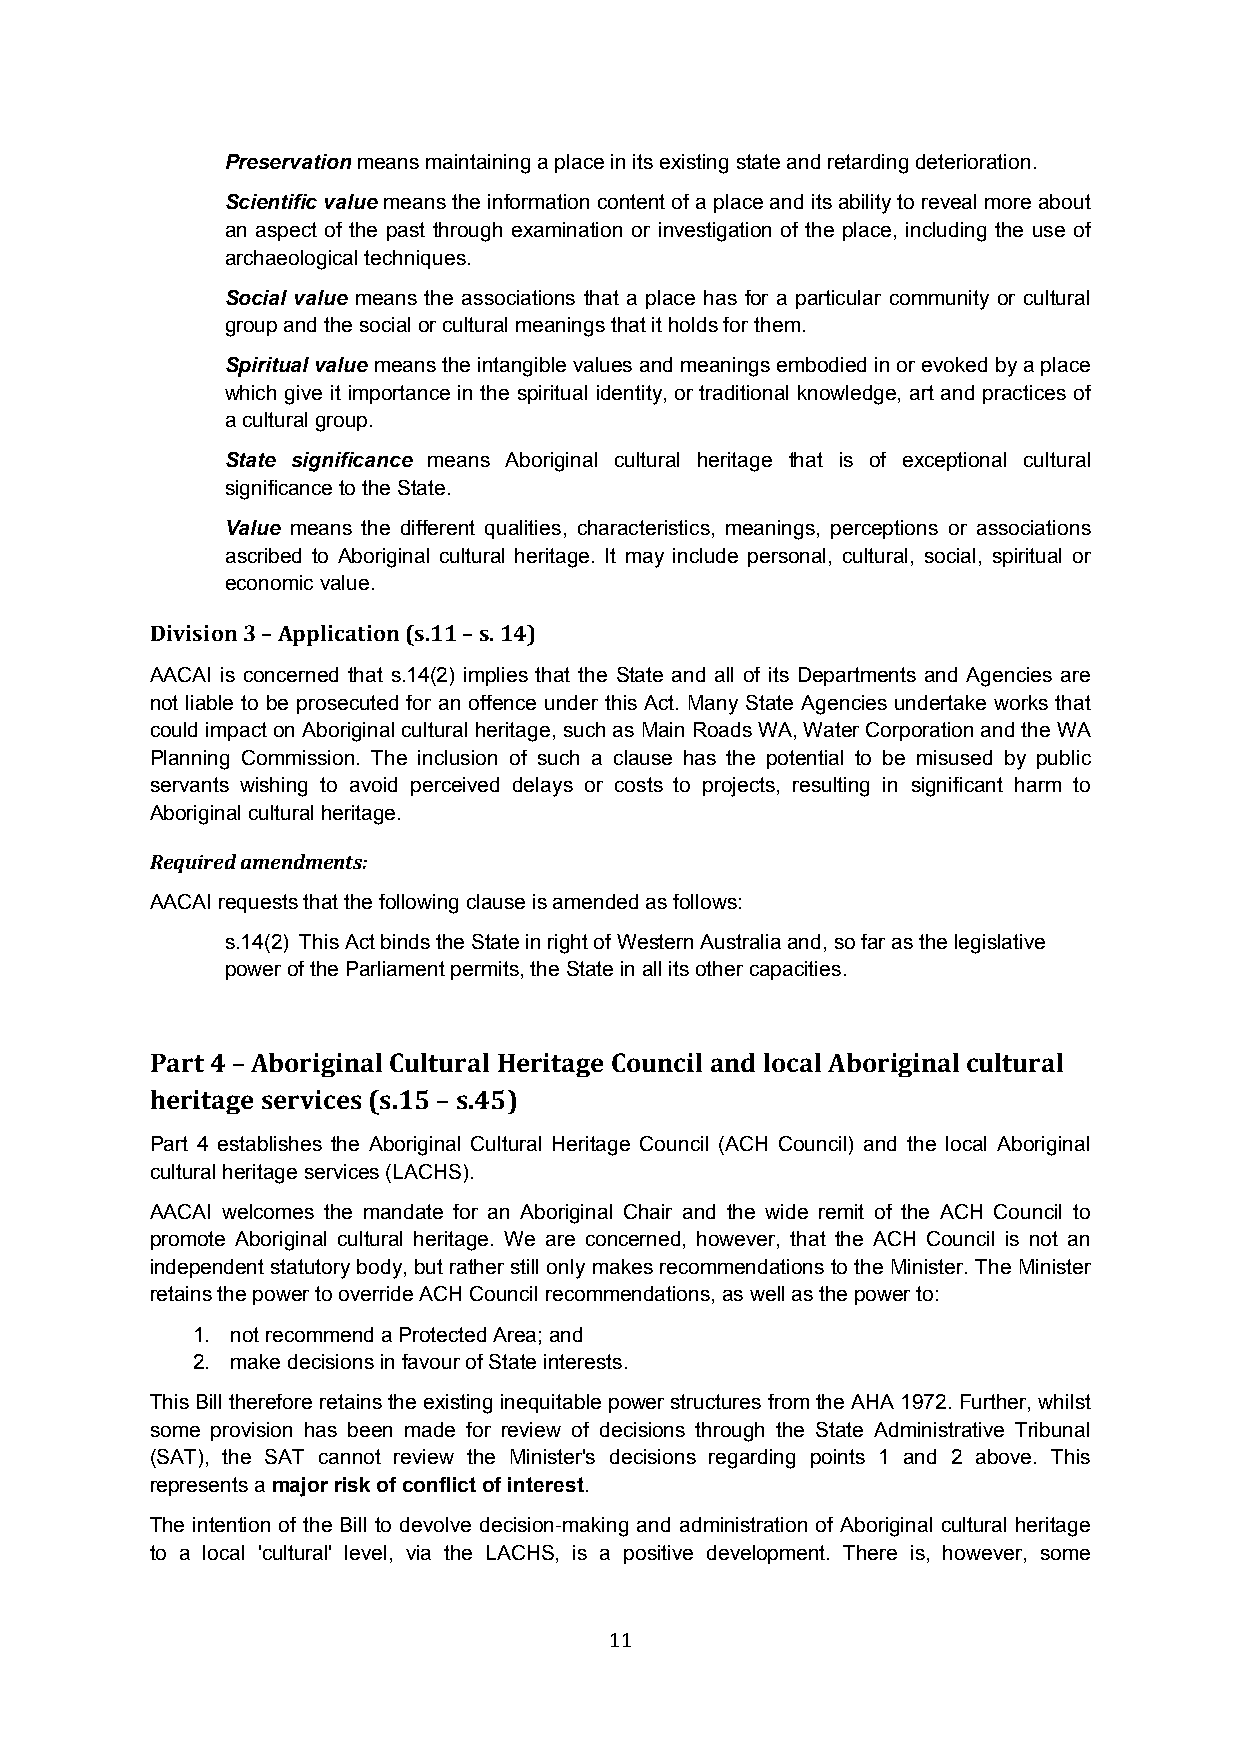
Preservation means maintaining a place in its existing state and retarding deterioration.
 Scientific value means the information content of a place and its ability to reveal more about
 an aspect of the past through examination or investigation of the place, including the use of
 archaeological techniques.
 Social value means the associations that a place has for a particular community or cultural
 group and the social or cultural meanings that it holds for them.
 Spiritual value means the intangible values and meanings embodied in or evoked by a place
 which give it importance in the spiritual identity, or traditional knowledge, art and practices of
 a cultural group.
 State significance means Aboriginal cultural heritage that is of exceptional cultural
 significance to the State.
 Value means the different qualities, characteristics, meanings, perceptions or associations
 ascribed to Aboriginal cultural heritage. It may include personal, cultural, social, spiritual or
 economic value.
 Division 3 – Application (s.11 – s. 14)
 AACAI is concerned that s.14(2) implies that the State and all of its Departments and Agencies are
 not liable to be prosecuted for an offence under this Act. Many State Agencies undertake works that
 could impact on Aboriginal cultural heritage, such as Main Roads WA, Water Corporation and the WA
 Planning Commission. The inclusion of such a clause has the potential to be misused by public
 servants wishing to avoid perceived delays or costs to projects, resulting in significant harm to
 Aboriginal cultural heritage.
 Required amendments:
 AACAI requests that the following clause is amended as follows:
 s.14(2) This Act binds the State in right of Western Australia and, so far as the legislative
 power of the Parliament permits, the State in all its other capacities.
 Part 4 – Aboriginal Cultural Heritage Council and local Aboriginal cultural
 heritage services (s.15 – s.45)
 Part 4 establishes the Aboriginal Cultural Heritage Council (ACH Council) and the local Aboriginal
 cultural heritage services (LACHS).
 AACAI welcomes the mandate for an Aboriginal Chair and the wide remit of the ACH Council to
 promote Aboriginal cultural heritage. We are concerned, however, that the ACH Council is not an
 independent statutory body, but rather still only makes recommendations to the Minister. The Minister
 retains the power to override ACH Council recommendations, as well as the power to:
 1. not recommend a Protected Area; and
 2. make decisions in favour of State interests.
 This Bill therefore retains the existing inequitable power structures from the AHA 1972. Further, whilst
 some provision has been made for review of decisions through the State Administrative Tribunal
 (SAT), the SAT cannot review the Minister's decisions regarding points 1 and 2 above. This
 represents a major risk of conflict of interest.
 The intention of the Bill to devolve decision-making and administration of Aboriginal cultural heritage
 to a local 'cultural' level, via the LACHS, is a positive development. There is, however, some
 11